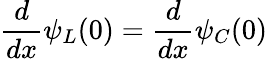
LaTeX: {\frac{d}{dx}}\psi_{L}(0)={\frac{d}{dx}}\psi_{C}(0)